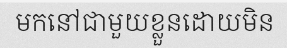
មកនៅជាមួយខ្លួនដោយមិន